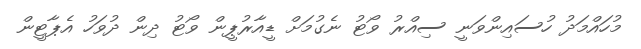
މުހައްމަދު ހުސައިންވަނީ ސިއްރު ވޯޓު ނެގުމަށް ޑީއާރުޕީން ވޯޓު ދިން ދުވަހު އެޕާޓީން